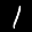
Label: 1